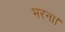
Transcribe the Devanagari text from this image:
भरना।